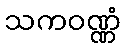
သကဝဏ္ဏံ